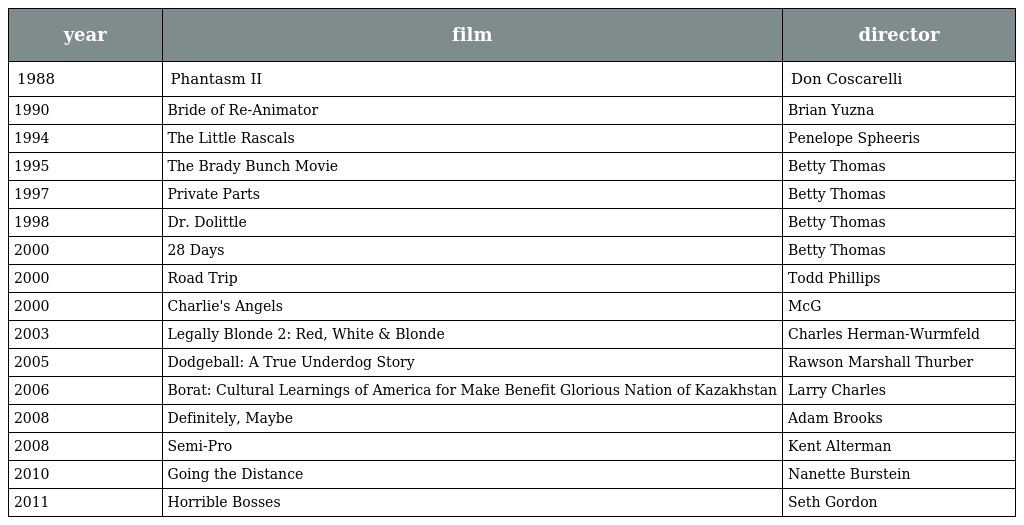
| year | film | director |
 | --- | --- | --- |
 | 1988 | Phantasm II | Don Coscarelli |
 | 1990 | Bride of Re-Animator | Brian Yuzna |
 | 1994 | The Little Rascals | Penelope Spheeris |
 | 1995 | The Brady Bunch Movie | Betty Thomas |
 | 1997 | Private Parts | Betty Thomas |
 | 1998 | Dr. Dolittle | Betty Thomas |
 | 2000 | 28 Days | Betty Thomas |
 | 2000 | Road Trip | Todd Phillips |
 | 2000 | Charlie's Angels | McG |
 | 2003 | Legally Blonde 2: Red, White & Blonde | Charles Herman-Wurmfeld |
 | 2005 | Dodgeball: A True Underdog Story | Rawson Marshall Thurber |
 | 2006 | Borat: Cultural Learnings of America for Make Benefit Glorious Nation of Kazakhstan | Larry Charles |
 | 2008 | Definitely, Maybe | Adam Brooks |
 | 2008 | Semi-Pro | Kent Alterman |
 | 2010 | Going the Distance | Nanette Burstein |
 | 2011 | Horrible Bosses | Seth Gordon |